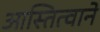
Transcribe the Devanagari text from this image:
आस्तित्वाने